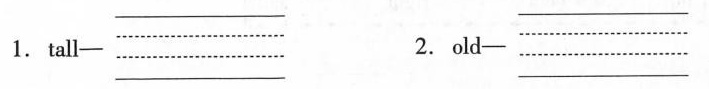
1.tall— ___ 2.old—___